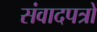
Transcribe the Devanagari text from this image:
संवादपत्रों